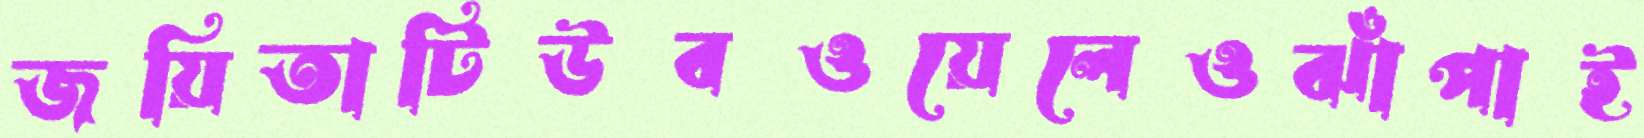
জয়িতাটিউবওয়েলেওঝাঁপাই